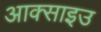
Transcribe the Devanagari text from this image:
आक्साइउ